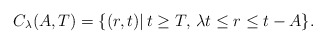
\begin{align*}C_{\lambda}(A,T)=\{(r,t)|\,t\ge T,\,\lambda t\leq r\leq t-A\}.\end{align*}